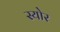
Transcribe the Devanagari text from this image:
स्योर